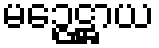
မဉ္ဇေဋ္ဌာယ